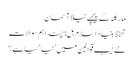
مارگلہ کے پیچھے نیلا آسمان
تحفظ بنیاد اسلام بل: چنداہم سوالات
نئے نیب قوانین میں ’نیا‘ کیا ہے؟